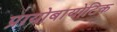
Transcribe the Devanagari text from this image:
प्रायोबायोटिक